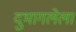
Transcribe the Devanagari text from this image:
दुभागलेला